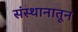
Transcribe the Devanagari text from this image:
संस्थानातून